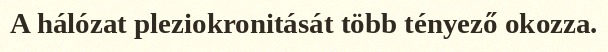
A hálózat pleziokronitását több tényező okozza.